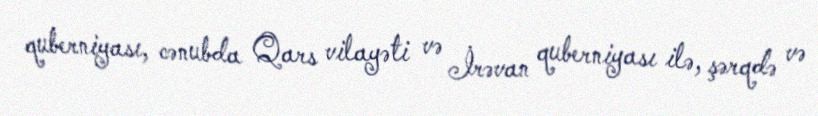
quberniyası, cənubda Qars vilayəti və İrəvan quberniyası ilə, şərqdə və